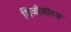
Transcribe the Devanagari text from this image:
मिजोसॉरस